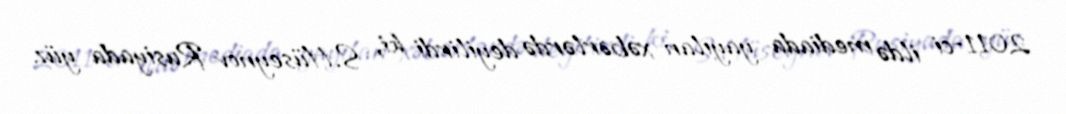
2011-ci ildə mediada yayılan xəbərlərdə deyilirdi ki, S.Hüseynov Rusiyada yüz